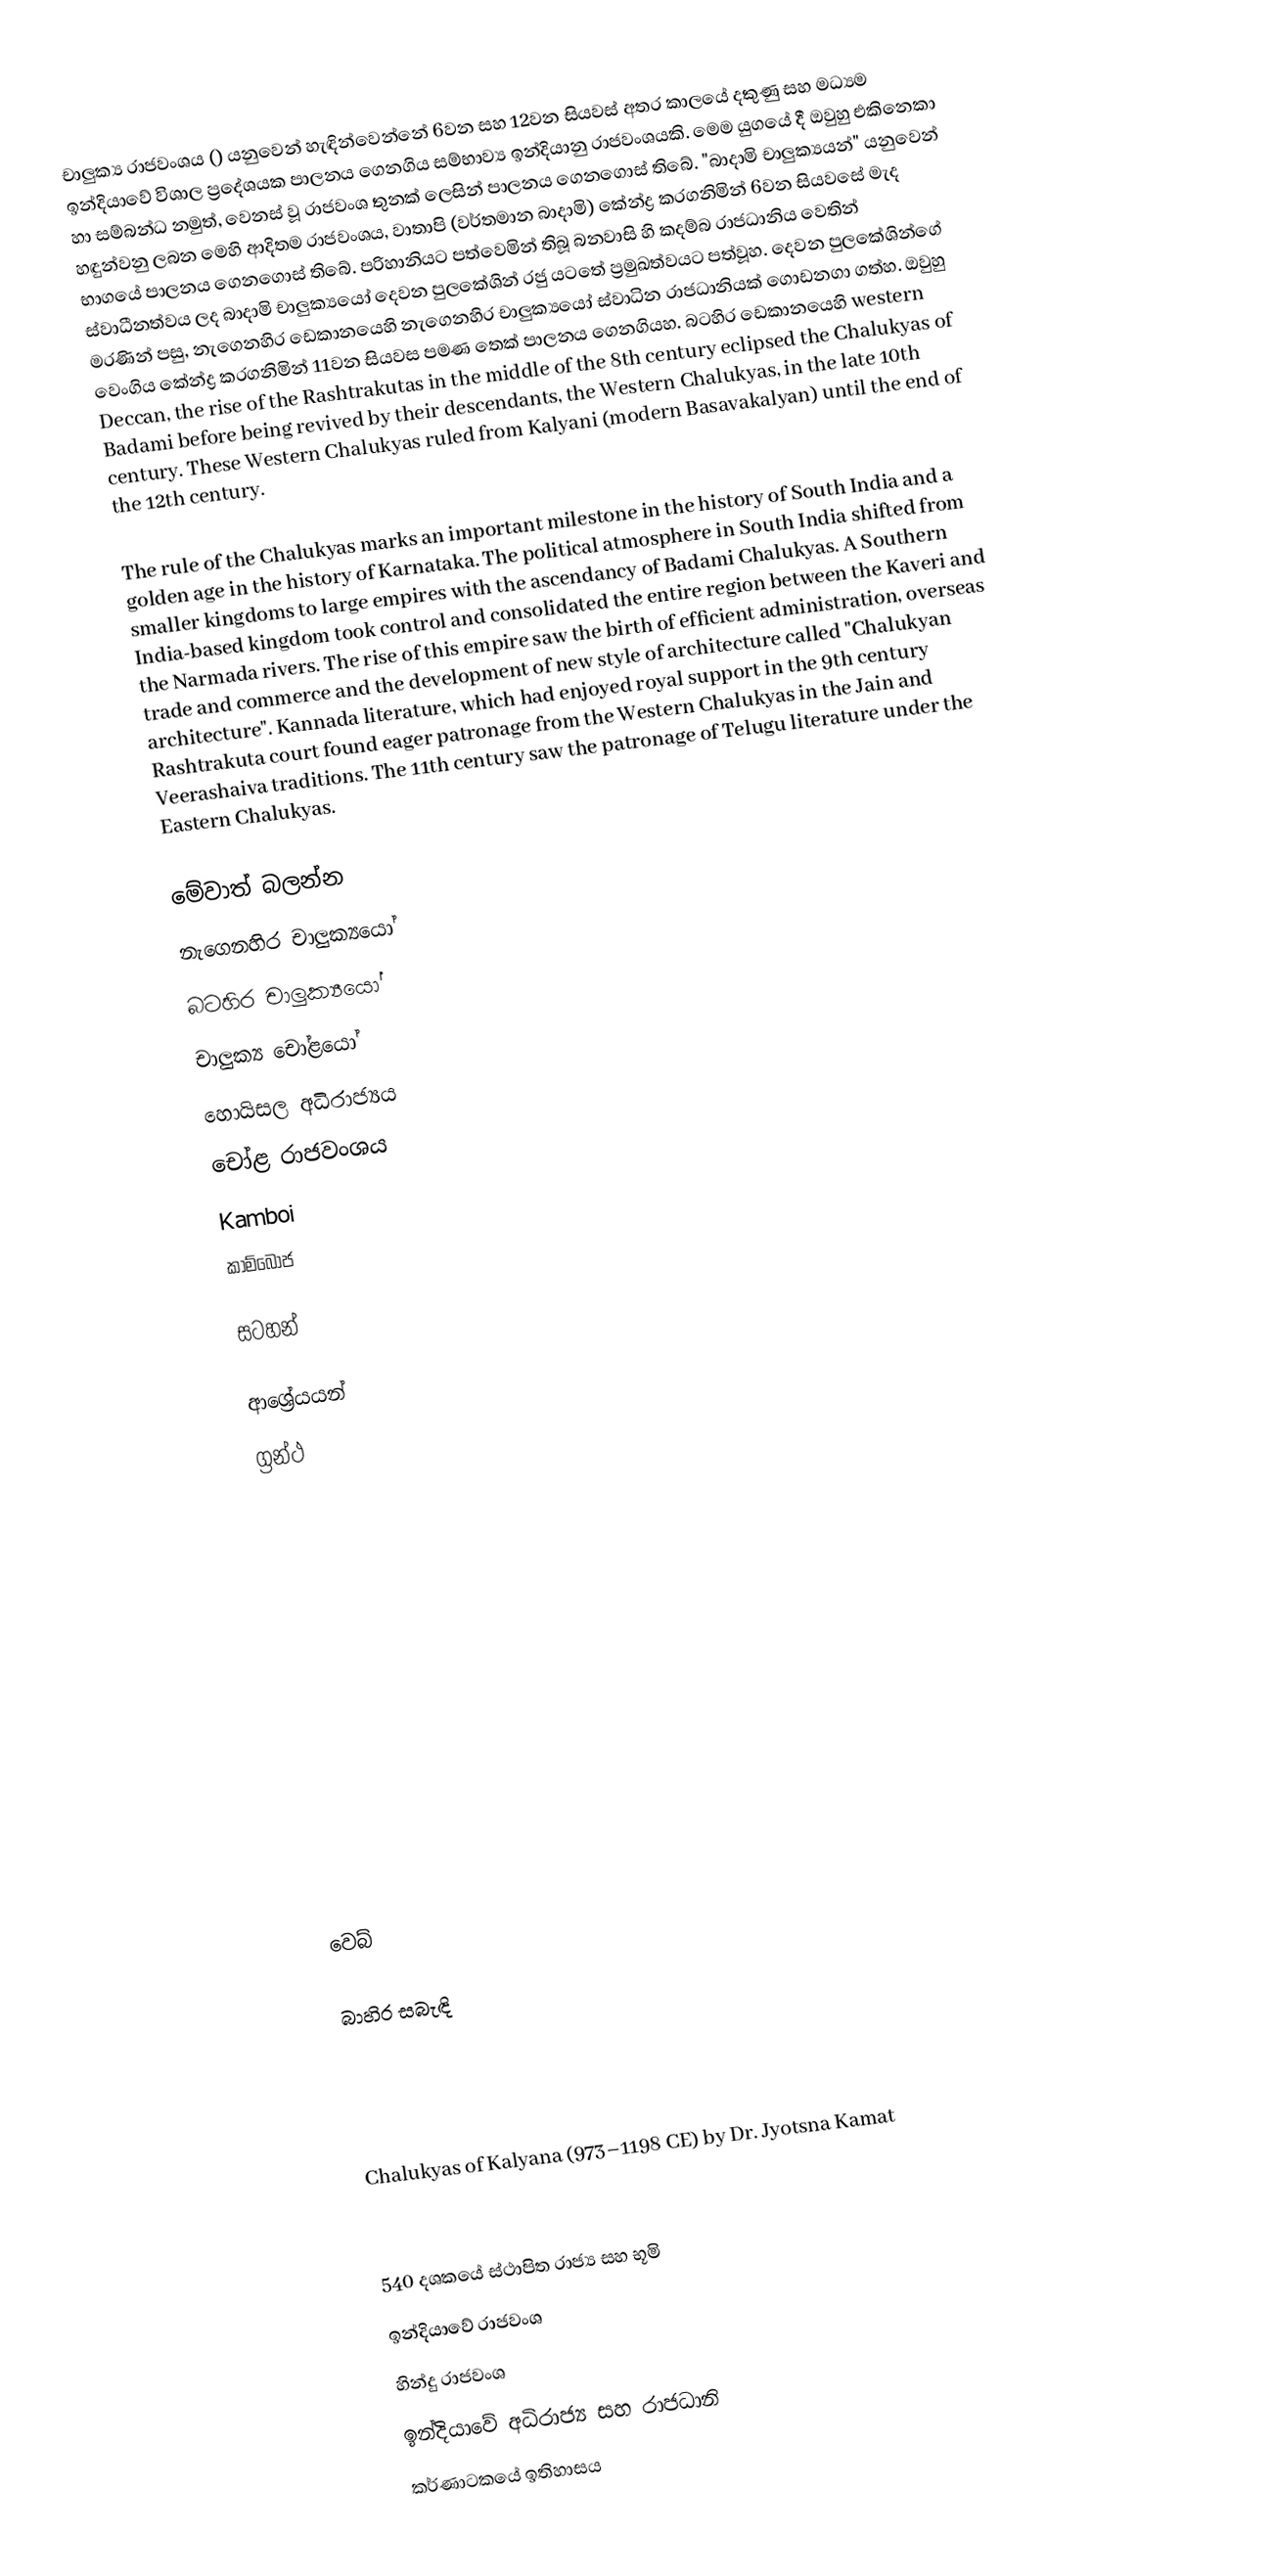
චාලුක්‍ය රාජවංශය () යනුවෙන් හැඳින්වෙන්නේ 6වන සහ 12වන සියවස් අතර කාලයේ දකුණු සහ මධ්‍යම ඉන්දියාවේ විශාල ප්‍රදේශයක පාලනය ගෙනගිය සම්භාව්‍ය ඉන්දියානු රාජවංශයකි. මෙම යුගයේ දී ඔවුහු එකිනෙකා හා සම්බන්ධ නමුත්, වෙනස් වූ රාජවංශ තුනක් ලෙසින් පාලනය ගෙනගොස් තිබේ. "බාදාමි චාලුක්‍යයන්" යනුවෙන් හඳුන්වනු ලබන මෙහි ආදිතම රාජවංශය, වාතාපි (වර්තමාන බාදාමි) කේන්ද්‍ර කරගනිමින් 6වන සියවසේ මැද භාගයේ පාලනය ගෙනගොස් තිබේ. පරිහානියට පත්වෙමින් තිබූ බනවාසි හි කදම්බ රාජධානිය වෙතින් ස්වාධීනත්වය ලද බාදාමි චාලුක්‍යයෝ දෙවන පුලකේශින් රජු යටතේ ප්‍රමුඛත්වයට පත්වූහ. දෙවන පුලකේශින්ගේ මරණින් පසු, නැගෙනහිර ඩෙකානයෙහි නැගෙනහිර චාලුක්‍යයෝ ස්වාධින රාජධානියක් ගොඩනගා ගත්හ. ඔවුහු වෙංගිය කේන්ද්‍ර කරගනිමින් 11වන සියවස පමණ තෙක් පාලනය ගෙනගියහ. බටහිර ඩෙකානයෙහි  western Deccan, the rise of the Rashtrakutas in the middle of the 8th century eclipsed the Chalukyas of Badami before being revived by their descendants, the Western Chalukyas, in the late 10th century. These Western Chalukyas ruled from Kalyani (modern Basavakalyan) until the end of the 12th century.

The rule of the Chalukyas marks an important milestone in the history of South India and a golden age in the history of Karnataka. The political atmosphere in South India shifted from smaller kingdoms to large empires with the ascendancy of Badami Chalukyas. A Southern India-based kingdom took control and consolidated the entire region between the Kaveri and the Narmada rivers. The rise of this empire saw the birth of efficient administration, overseas trade and commerce and the development of new style of architecture called "Chalukyan architecture". Kannada literature, which had enjoyed royal support in the 9th century Rashtrakuta court found eager patronage from the Western Chalukyas in the Jain and Veerashaiva traditions. The 11th century saw the patronage of Telugu literature under the Eastern Chalukyas.

මේවාත් බලන්න
 නැගෙනහිර චාලුක්‍යයෝ
 බටහිර චාලුක්‍යයෝ
 චාලුක්‍ය චෝළයෝ
 හොයිසල අධිරාජ්‍යය
 චෝළ රාජවංශය
 Kamboi
 කාම්බෝජ

සටහන්

ආශ්‍රේයයන්
ග්‍රන්ථ

වෙබ්

බාහිර සබැඳි

 Chalukyas of Kalyana (973–1198 CE) by Dr. Jyotsna Kamat

540 දශකයේ ස්ථාපිත රාජ්‍ය සහ භූමි
ඉන්දියාවේ රාජවංශ
හින්දු රාජවංශ
ඉන්දියාවේ අධිරාජ්‍ය සහ රාජධානි
කර්ණාටකයේ ඉතිහාසය